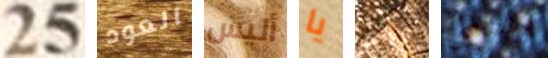
25 العود أليس يا يمكني يشتعل